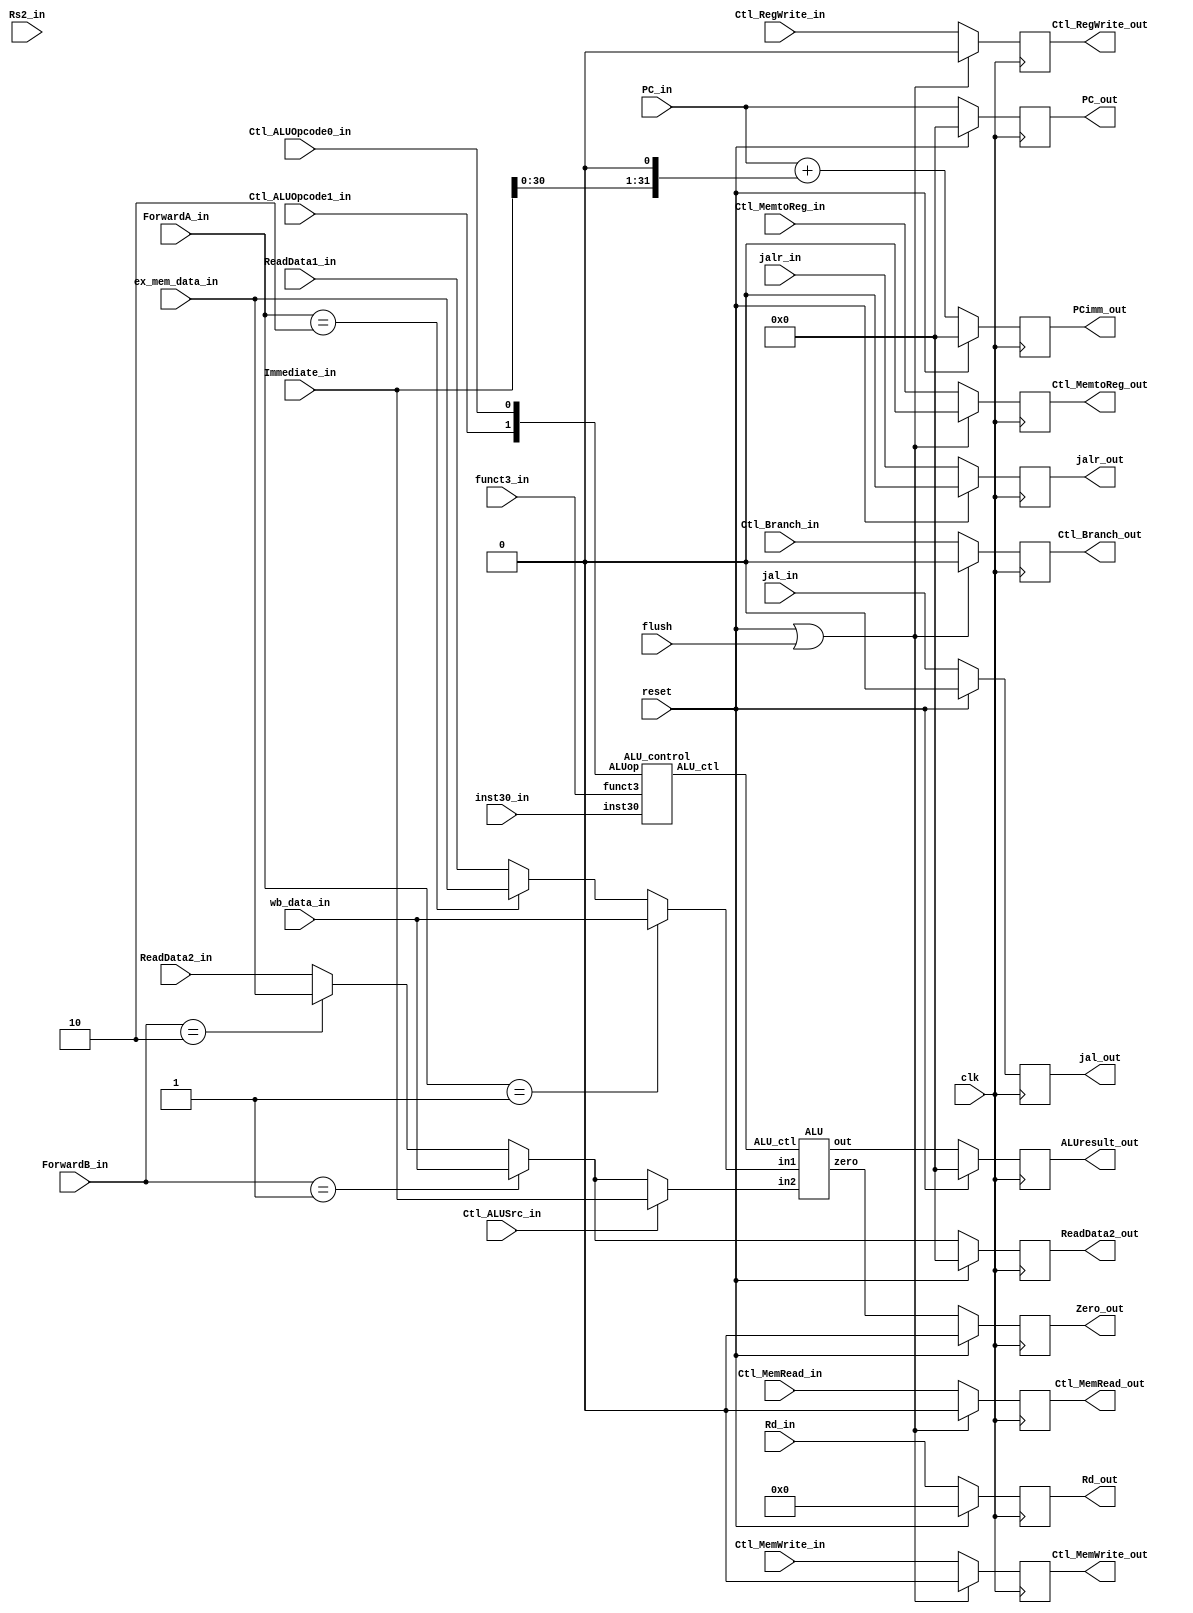
`timescale 1ns / 1ps

//ALU OPERATION
`define _AND_	4'b0000
`define _OR_	4'b0001
`define _ADD_	4'b0010
`define _SUB_	4'b0110
`define _BLT_	4'b0111
`define _BGE_	4'b1000
`define _NOR_	4'b1100
`define _SLL_	4'b1001
`define _SRL_	4'b1010


module Execution(
input clk, reset,
input flush, // control hazard 
// control signal
input Ctl_ALUSrc_in, Ctl_MemtoReg_in, Ctl_RegWrite_in,Ctl_MemRead_in, Ctl_MemWrite_in, Ctl_Branch_in, Ctl_ALUOpcode1_in, Ctl_ALUOpcode0_in,
output reg Ctl_MemtoReg_out, Ctl_RegWrite_out, Ctl_MemRead_out, Ctl_MemWrite_out, Ctl_Branch_out,

input [ 4:0] Rd_in, Rs2_in,
output reg [ 4:0] Rd_out,
input jal_in, jalr_in,
output reg jal_out, jalr_out,

input [31:0] Immediate_in, ReadData1_in, ReadData2_in, PC_in,
input [31:0] ex_mem_data_in, wb_data_in,
input inst30_in,
input [ 2:0] funct3_in,
input [ 1:0] ForwardA_in, ForwardB_in,
output reg Zero_out,

output reg [31:0] ALUresult_out, PCimm_out, ReadData2_out, PC_out
);


wire [3:0] ALU_ctl;
wire [31:0] ALUresult;

// 10 ex_mem_reg_data, 01 wb_mux_out_data,   00  ReadData
wire [31:0] ALU_input1 = (ForwardA_in == 2'b01) ? wb_data_in :
								 (ForwardA_in == 2'b10) ? ex_mem_data_in : ReadData1_in;
								 
wire [31:0] ForwardB_input = (ForwardB_in == 2'b01) ? wb_data_in : 
                             (ForwardB_in == 2'b10) ? ex_mem_data_in : ReadData2_in;
									  
wire [31:0] ALU_input2 = (Ctl_ALUSrc_in) ? Immediate_in : ForwardB_input;

ALU_control B0 (.ALUop({Ctl_ALUOpcode1_in,Ctl_ALUOpcode0_in}), .inst30(inst30_in), .funct3(funct3_in), .ALU_ctl(ALU_ctl));
ALU B1 (.ALU_ctl(ALU_ctl), .in1(ALU_input1), .in2(ALU_input2), .out(ALUresult), .zero(zero));

always@(posedge clk) begin
	Ctl_MemtoReg_out	<= (reset||flush) ? 0 : Ctl_MemtoReg_in;
	Ctl_RegWrite_out	<= (reset||flush) ? 0 : Ctl_RegWrite_in;
	Ctl_MemRead_out	<= (reset||flush) ? 0 : Ctl_MemRead_in;
	Ctl_MemWrite_out	<= (reset||flush) ? 0 : Ctl_MemWrite_in;
	Ctl_Branch_out		<= (reset||flush) ? 0 : Ctl_Branch_in;

	PC_out	<= (reset) ? 1'b0 : PC_in;
	jalr_out	<= (reset) ? 1'b0 : jalr_in;
	jal_out	<= (reset) ? 1'b0 : jal_in;

	Rd_out			<= (reset) ? 0 : Rd_in;
	PCimm_out		<= (reset) ? 0 : PC_in + (Immediate_in<<1);
	ReadData2_out	<= (reset) ? 0 : ForwardB_input;
	ALUresult_out	<= (reset) ? 0 : ALUresult;
	Zero_out			<= (reset) ? 0 : zero;

end
endmodule
//////////////////////////////////////////////////////////////////////////////////
module ALU_control(
input [1:0] ALUop,
input inst30,
input [2:0] funct3,
output reg [3:0] ALU_ctl
);

//ALU_ctl : OPERATION
//4'b0000 : and ==>ReadData1&ReadData2
//4'b0001 : or ==>ReadData1|ReadData2
//4'b0010 : add ==>ReadData1+ReadData2(Immediate_in)
//4'b0110 : sub ==>ReadData1-ReadData2
//4'b0111 : blt (branch if less than)
//4'b1011 : bge (branch if greater equal)     // blt,bge zero=1   out=0 
//4'b1100 : nor ==> ~(ReadData1|ReadData2)
//4'b1001 : shift left
//4'b1010 : shift right

always @(*) begin
casex ({ALUop,funct3,inst30})
	6'b00_xxx_x : ALU_ctl = `_ADD_; // lb, lh, lw, sb, sh, sw => ADDITION

	6'b01_00x_x : ALU_ctl = `_SUB_; // beq, bne => SUBTRACT (funct3==3'b000) || (funct3==3'b001)
	6'b01_100_x : ALU_ctl = `_BLT_; // blt => BLT(branch if less than) (funct3==3'b100)
	6'b01_101_x : ALU_ctl = `_BGE_; // bge => BGE(branch if greater than) (funct3==3'b101)
	6'b10_000_0 : ALU_ctl = `_ADD_; // add => ADDITION (funct3==3'b000 && funct7==7'b0000000)
	6'b10_000_1 : ALU_ctl = `_SUB_; // sub => SUBTRACT (funct3==3'b000 && funct7==7'b0100000)
	6'b10_111_0 : ALU_ctl = `_AND_; // and => AND (funct3==3'b111 && ALUop==1x)
	6'b10_110_0 : ALU_ctl = `_OR_;  // or => OR (funct3==3'b110 && ALUop=1x)

	6'b00_001_0 : ALU_ctl = `_SLL_; // sll => SHIFT_LEFT (funct3==3'b001)
	6'b00_101_0 : ALU_ctl = `_SRL_; // srl => SHIFT_RIGHT (funct3==3'b101)
	6'b11_000_x : ALU_ctl = `_ADD_; // addi, jalr => ADDITION (funct3==3'b000)
	6'b11_001_0 : ALU_ctl = `_SLL_; // slli => SHIFT_LEFT (funct3==3'b001)
	6'b11_101_1 : ALU_ctl = `_SRL_; // srli => SHIFT_RIGHT (funct3==3'b101)
	default : ALU_ctl = 4'bx;
endcase
end

endmodule

//////////////////////////////////////////////////////////////////////////////////
module ALU(
input [3:0] ALU_ctl,
input signed [31:0] in1, in2,
output reg signed [31:0] out,
output zero
);

always @(*) begin
case (ALU_ctl)
	`_AND_	: out = in1 & in2; // and
	`_OR_		: out = in1 | in2; // or
	`_ADD_	: out = in1 + in2; // add
	`_SUB_	: out = in1 - in2; // sub
	`_BLT_	: out = in1 < in2 ? 0 : 1; // blt (branch if less than)
	`_BGE_	: out = (in1 >= in2) ? 0 : 1; // bge (branch if greater equal) - blt,bge zero=1   out=0 
	`_NOR_	: out = ~(in1 | in2); // nor
	`_SLL_	: out = in1 << in2; // shift left
	`_SRL_: out = in1 >> in2; // shift right
	default : out = 32'bx;
endcase
end

assign zero = ~|out; //(ALU_ctl == 4'b0110) / zero beq,bne  
//(ALU_ctl == 4'b0111&1000) /blt,bge ==> mem stage zero branch signal branch  .
endmodule